Report on the administration of the Government Cinchona Department 1892-98
Year: 1892
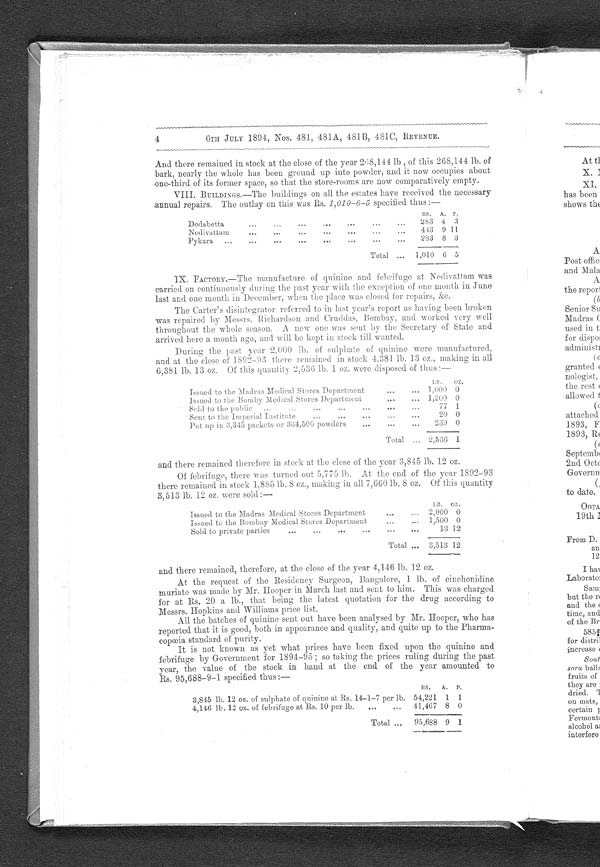
4 6TH JULY 1894, Nos. 481, 481A, 481B, 481C, REVENUE.
And there remained in stock at the close of the year 268,144 lb., of this 268,144 lb. of
bark, nearly the whole has been ground up into powder, and it now occupies about
one-third of its former space, so that the store-rooms are now comparatively empty.
V I I I . B U I L D I N G S . — T h e b u i l d i n g s o n a l l t h e e s t a t e s h a v e r e c e i v e d t h e n e c e s s a r y
annual repairs. The outlay on this was Rs. 1,010-6-5 specified thus :
-
RS. A.. P.
Dodabetta
283 4 3
Nedivattam
443 9 11
Pykara 283 8 3
Total
1,010 6 5
I X . F A C T O R Y . — T h e m a n u f a c t u r e o f q u i n i n e a n d f e b r i f u g e a t N e d i v a t t a m w a s
c a r r i e d o n c o n t i n u o u s l y d u r i n g t h e p a s t y e a r w i t h t h e e x c e p t i o n o f o n e m o n t h i n J u n e
last and one month in December, when the place was closed for repairs, &c.
The Carter's disintegrator referred to in last year's report as having been broken
was repaired by Messrs. Richardson and Cruddas, Bombay, and worked very well
throughout the whole season. A new one was sent by the Secretary of State and
arrived here a month ago, and will be kept in stock till wanted.
During the past year 2,000 lb. of sulphate of quinine were manufactured,
and at the close of 1892-93 there remained in stock 4,381 lb. 13 oz,, making in all
6 , 3 8 1 l b . 1 3 o z . O f t h i s q u a n t i t y 2 , 5 3 6 l b . 1 o z , w e r e d i s p o s e d o f t h u s : —
Issued to the Madras Medical Stores Department
Issued to the Bomby Medical Stores Department
Sold to the public
Sent to the Imperial Institute
Put up in 3,345 packets or 334,500 powders
L B .
1,000
1,200
77
20
239
OZ.
0
0
1
0
0
Total
2,536 1
and there remained therefore in stock at the close of the year 3,845 lb. 12 oz.
Of febrifuge, there was turned out 5,775 lb. At the end of the year 1892-93
there remained in stock 1,885 lb. 8 oz., making in all 7,660 lb. 8 oz. Of this quantity
3,513 lb. 12 oz. were sold:—
LB.
Issued to the Madras Medical Stores Department
2,000 0
Issued to the Bombay Medical Stores Department
1,500 0
Sold to private parties
13 12
Total
At the request of the Residency Surgeon, Bangalore, 1 lb. of cinchonidine
muriate was made by Mr. Hooper in March last and sent to him. This was charged
for at Rs. 20 a lb., that being the latest quotation for the drug according to
Messrs. Hopkins and Williams price list.
All the batches of quinine sent out have been analysed by Mr. Hooper, who has
reported that it is good, both in appearance and quality, and quite up to the Pharma
- c o p œ i a s t a n d a r d o f p u r i t y .
It is not known as yet what prices have been fixed upon the quinine and
febrifuge by Government for 1894-95; so taking the prices ruling during the past
year, the value of the stock in hand at the end of the year amounted to
Rs. 95,688-9-1 specified thus:—
RS. A . P.
3,845 lb. 12 oz. of sulphate of quinine at Rs, 14-1-7 per lb. 54,221 1 1
4,146 lb. 12 oz. of febrifuge at Rs. 10 per lb.
41,467 8 0
Total
95,688 9 1